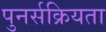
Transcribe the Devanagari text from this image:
पुनर्सक्रियता